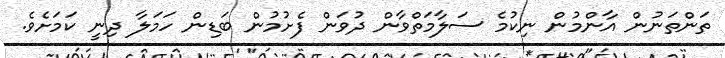
ތަންތަނުން އާންމުން ނިކުމެ ސަލާމަތްވާން ދުވަން ފެށުމުން ބަޑިން ހަމަލާ ދިނީ ކަމަށެވެ.